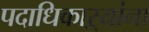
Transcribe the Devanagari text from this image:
पदाधिकाऱ्यांना